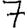
Digit: 7